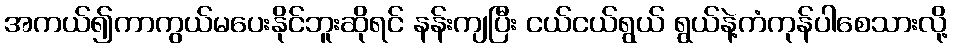
အကယ်၍ကာကွယ်မပေးနိုင်ဘူးဆိုရင် နန်းကျပြီး ငယ်ငယ်ရွယ် ရွယ်နဲ့ကံကုန်ပါစေသားလို့